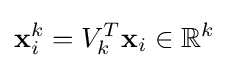
\mathbf {x} _{i}^{k}=V_{k}^{T}\mathbf {x} _{i}\in \mathbb {R} ^{k}